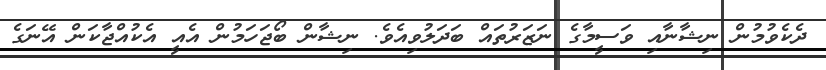
ދެކެވުމުން ނިޝާނާއި ވަސީމާގެ ނަޒަރުތައް ބަދަލުވިއެވެ. ނިޝާން ބޯޖަހަމުން އެއީ އެކުއްޖާކަން އޭނަގެ